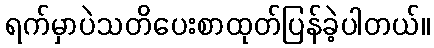
ရက်မှာပဲသတိပေးစာထုတ်ပြန်ခဲ့ပါတယ်။